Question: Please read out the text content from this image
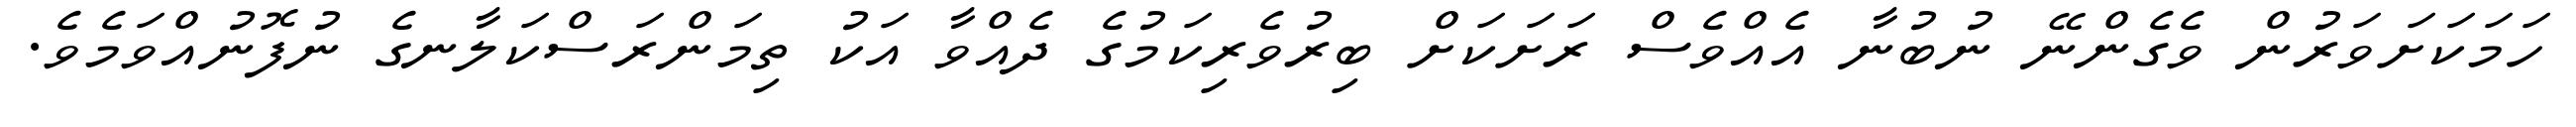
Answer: ހަމަކަށަވަރުން ވެގެންނޭ ނުބުނާ އެއްވެސް ރަށަކަށް ބިރުވެރިކަމުގެ ދެއްވާ އަކު ތިމަންރަސްކަލާނގެ ނުފޮނުއްވަމެވެ.